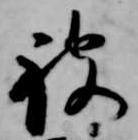
被